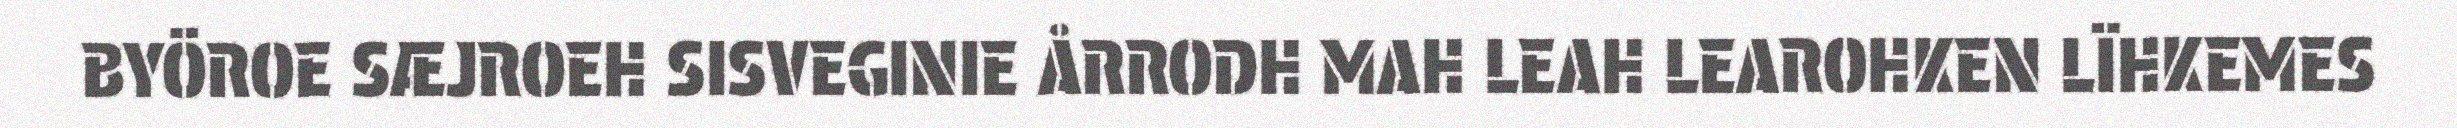
BYÖROE SÆJROEH SISVEGINIE ÅRRODH MAH LEAH LEAROHKEN LÏHKEMES